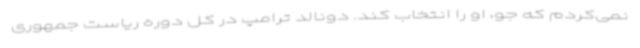
نمی‌کردم که جو، او را انتخاب کند. دونالد ترامپ در کل دوره ریاست جمهوری